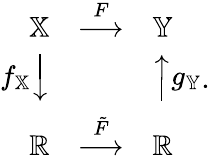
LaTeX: \begin{array}{r}{\begin{array}{rcl}{\mathbb{X}}&{\stackrel{F}{\longrightarrow}}&{\mathbb{Y}}\\ {f_{\mathbb{X}}{\Big\downarrow}}&{}&{{\Big\uparrow}g_{\mathbb{Y}}}\\ {\mathbb{R}}&{\stackrel{\tilde{F}}{\longrightarrow}}&{\mathbb{R}}\end{array}.}\end{array}